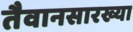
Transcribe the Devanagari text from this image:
तैवानसारख्या